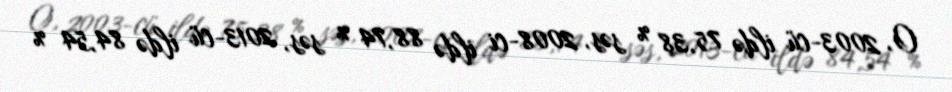
O, 2003-cü ildə 75,38 % səs, 2008-ci ildə 88,74 % səs, 2013-cü ildə 84,54 %